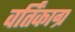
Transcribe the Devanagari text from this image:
वर्तिंकाग्र